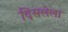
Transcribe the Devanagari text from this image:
दिसलेला